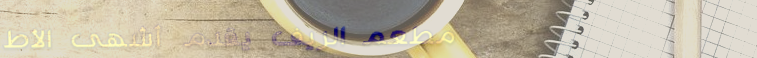
مطعم الريف يقدم أشهى الأط